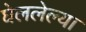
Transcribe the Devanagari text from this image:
घेललेल्या